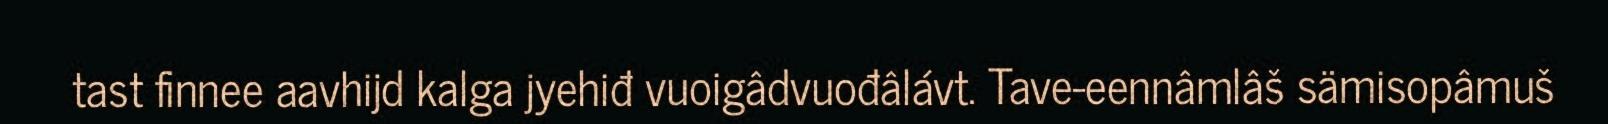
tast finnee aavhijd kalga jyehiđ vuoigâdvuođâlávt. Tave-eennâmlâš sämisopâmuš